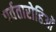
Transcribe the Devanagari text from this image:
पर्वतारोहिओं